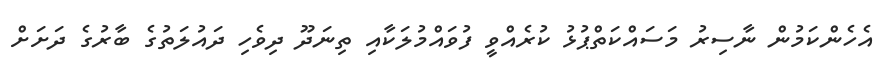
އެހެންކަމުން ނާސިރު މަސައްކަތްޕުޅު ކުރެއްވީ ފުވައްމުލަކާއި ތިނަދޫ ދިވެހި ދައުލަތުގެ ބާރުގެ ދަށަށް